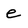
Character: e